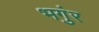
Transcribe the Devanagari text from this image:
भगुंर